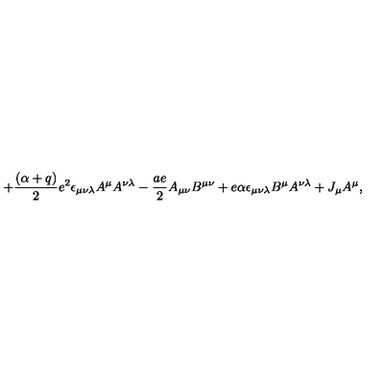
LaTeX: + { \frac { ( \alpha + q ) } { 2 } } e ^ { 2 } \epsilon _ { \mu \nu \lambda } A ^ { \mu } A ^ { \nu \lambda } - { \frac { a e } { 2 } } A _ { \mu \nu } B ^ { \mu \nu } + e \alpha \epsilon _ { \mu \nu \lambda } B ^ { \mu } A ^ { \nu \lambda } + J _ { \mu } A ^ { \mu } ,